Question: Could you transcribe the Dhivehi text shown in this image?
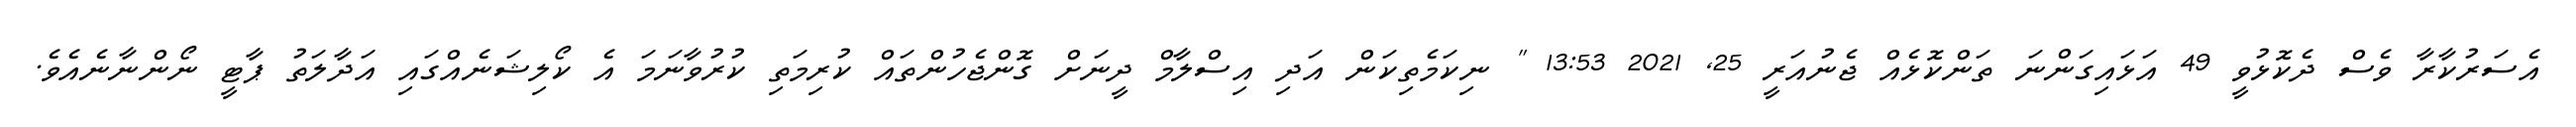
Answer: އެސަރުކާރާ ވެސް ދެކޮޅުވީ 49 އަޅައިގަންނަ ތަންކޮޅެއް ޖެނުއަރީ 25, 2021 13:53 " ނިކަމެތިކަން އަދި އިސްލާމް ދީނަށް ގޮންޖެހުންތައް ކުރިމަތި ކުރުވާނަމަ އެ ކޯލިޝަނެއްގައި އަދާލަތު ޕާޓީ ނޯންނާނެއެވެ.